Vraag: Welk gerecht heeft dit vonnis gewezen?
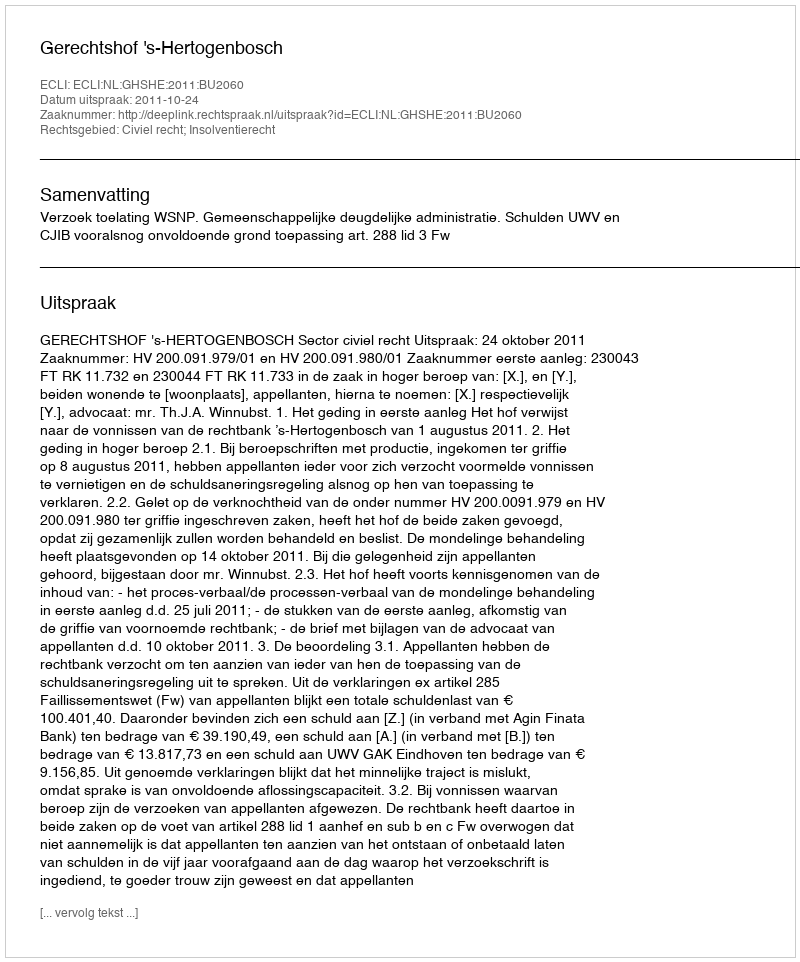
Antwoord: Gerechtshof 's-Hertogenbosch